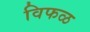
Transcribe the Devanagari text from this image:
विफळ